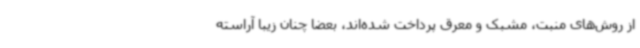
از روش‌های منبت، مشبک و معرق پرداخت شده‌اند، بعضا چنان زیبا آراسته